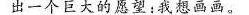
出一个巨大的心愿：我想画画。